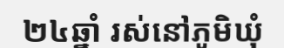
២៤ឆ្នាំ រស់នៅភូមិឃុំ